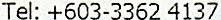
TEL: +603-3362 4137